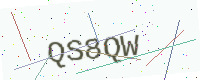
Text: QS8QW